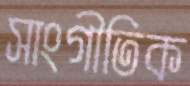
সাংগীতিক